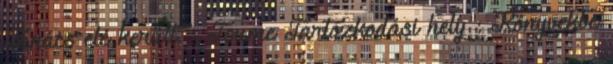
Tanács elé került. - Tsume Tartózkodási hely : Könyvekbe